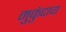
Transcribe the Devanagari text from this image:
मुकुंदाचा